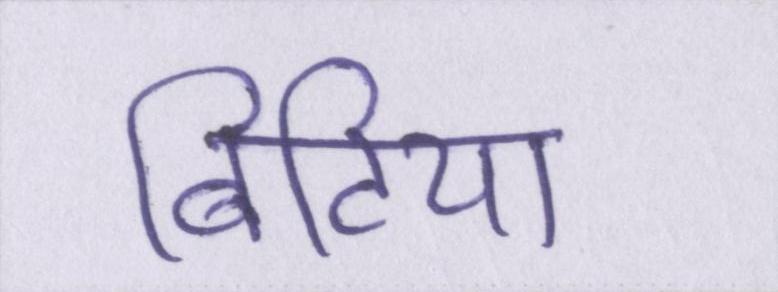
बिटिया